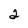
Character: 2